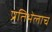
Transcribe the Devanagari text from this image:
प्रतिभेलाच